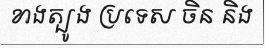
ខាងត្បូង ប្រទេស ចិន និង